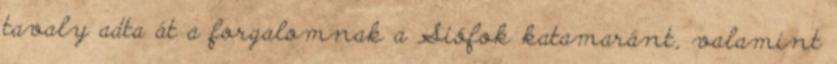
tavaly adta át a forgalomnak a Siófok katamaránt, valamint